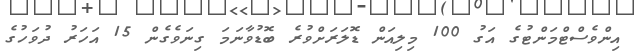
އިންވެސްޓްމަންޓުގެ އަގު 100 މިލިއަން ޑޮލަރަށްވުރެ ބޮޑުވާނަމަ ގިނަވެގެން 15 އަހަރު ދުވަހުގެ